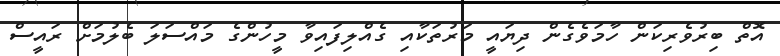
އޮތް ބިރުވެރިކަން ހާމަވެގެން ދިޔައީ މަރުތަކާއި ގެއްލިފައިވާ މީހުންގެ މައްސަލަ ބެލުމަށް ރައީސް